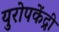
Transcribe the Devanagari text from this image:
युरोपकेंद्री